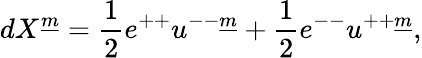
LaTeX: dX^{\underline{{{m}}}}={\frac{1}{2}}e^{++}u^{--\underline{{{m}}}}+{\frac{1}{2}}e^{--}u^{++\underline{{{m}}}},